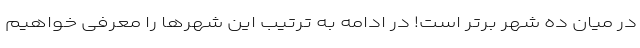
در میان ده شهر برتر است! در ادامه به ترتیب این شهرها را معرفی خواهیم